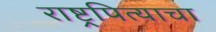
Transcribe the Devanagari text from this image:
राष्ट्रपित्याचा